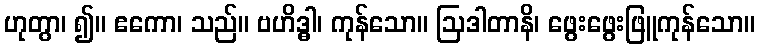
ဟုတွာ၊ ၍။ ဧကော၊ သည်။ ဗဟိဒ္ဓါ၊ ကုန်သော။ ဩဒါတာနိ၊ ဖွေးဖွေးဖြူကုန်သော။